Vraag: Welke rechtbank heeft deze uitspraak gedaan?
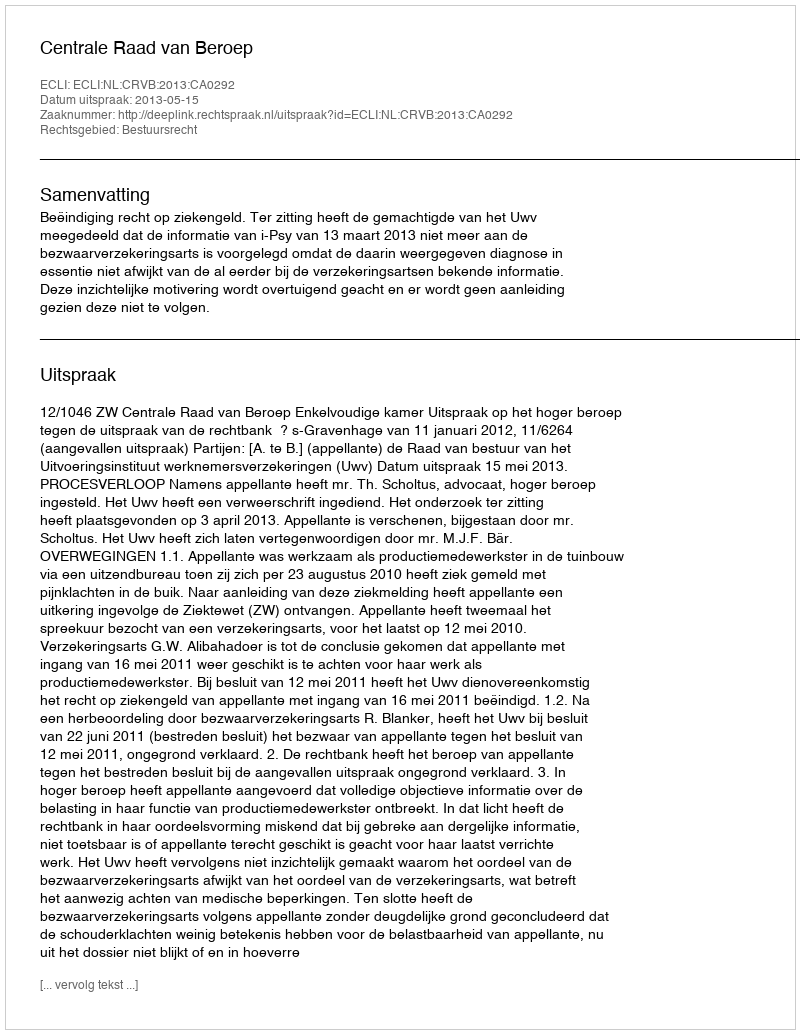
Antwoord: Centrale Raad van Beroep